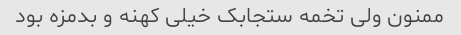
ممنون ولی تخمه ستجابک خیلی کهنه و بدمزه بود